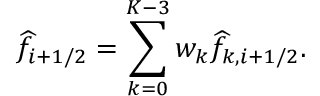
\widehat { f } _ { i + 1 / 2 } = \sum _ { k = 0 } ^ { K - 3 } w _ { k } \widehat { f } _ { k , i + 1 / 2 } .